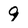
Character: 9